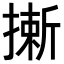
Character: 𢳮